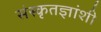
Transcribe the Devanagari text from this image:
संस्कृतज्ञांशी